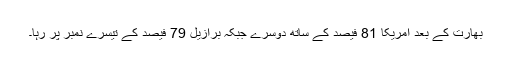
بھارت کے بعد امریکا 81 فیصد کے ساتھ دوسرے جبکہ برازیل 79 فیصد کے تیسرے نمبر پر رہا۔